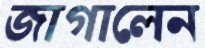
জাগালেন